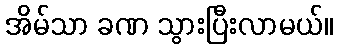
အိမ်သာ ခဏ သွားပြီးလာမယ်။